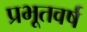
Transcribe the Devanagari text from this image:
प्रभूतवर्ष